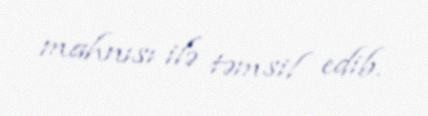
mahnısı ilə təmsil edib.